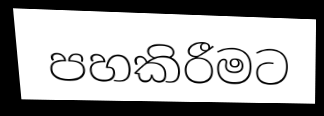
පහකිරීමට